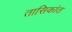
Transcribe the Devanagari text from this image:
तासिकांत